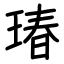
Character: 瑃